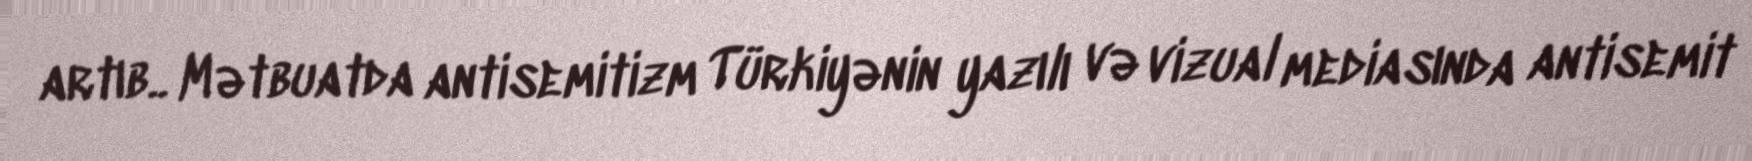
artıb.. Mətbuatda antisemitizm Türkiyənin yazılı və vizual mediasında antisemit